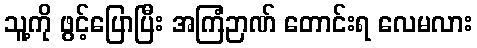
သူ့ကို ဖွင့်ပြောပြီး အကြံဉာဏ် တောင်းရ လေမလား